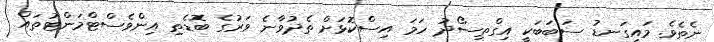
ނެތެވެ. މައިގަނޑު ސަބަބަކީ އިގްތިސޯދު ހަމަ އިސްކޮޅަށް ތެދުވާނެ ވަރުގެ ބޮޑެތި އިންވެސްޓްމަންޓުތައް